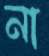
না